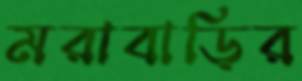
মরাবাড়ির